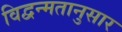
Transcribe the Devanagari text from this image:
विद्वन्मतानुसार